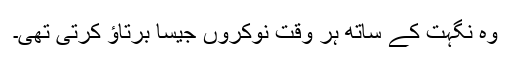
وہ نگہت کے ساتھ ہر وقت نوکروں جیسا برتاؤ کرتی تھی۔